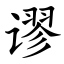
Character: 谬